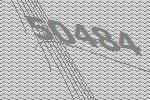
50484